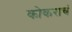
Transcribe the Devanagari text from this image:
कोकराचं